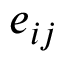
e _ { i j }